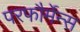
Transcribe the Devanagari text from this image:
परफौर्मेन्स